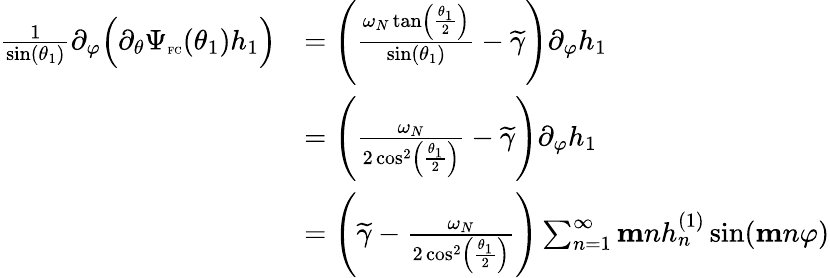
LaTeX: \begin{array}{rl}{\frac{1}{\sin(\theta_{1})}\partial_{\varphi}\Big(\partial_{\theta}\Psi_{\textnormal{\tiny{FC}}}(\theta_{1})h_{1}\Big)}&{=\left(\frac{\omega_{N}\tan\left(\frac{\theta_{1}}{2}\right)}{\sin(\theta_{1})}-\widetilde{\gamma}\right)\partial_{\varphi}h_{1}}\\ &{=\left(\frac{\omega_{N}}{2\cos^{2}\left(\frac{\theta_{1}}{2}\right)}-\widetilde{\gamma}\right)\partial_{\varphi}h_{1}}\\ &{=\left(\widetilde{\gamma}-\frac{\omega_{N}}{2\cos^{2}\left(\frac{\theta_{1}}{2}\right)}\right)\sum_{n=1}^{\infty}\mathbf{m}nh_{n}^{(1)}\sin(\mathbf{m}n\varphi)}\end{array}